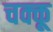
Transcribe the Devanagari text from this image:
चक्कू